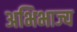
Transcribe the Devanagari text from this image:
अभिभाज्य